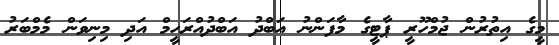
މީގެ އިތުރުން ޖުމްހޫރީ ޕާޓީގެ މާފަންނު އަބްދު އަބްދުއްރަހީމް އަދި މިނިވަން މެމްބަރު